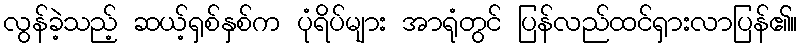
လွန်ခဲ့သည့် ဆယ့်ရှစ်နှစ်က ပုံရိပ်များ အာရုံတွင် ပြန်လည်ထင်ရှားလာပြန်၏။